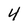
Character: 4